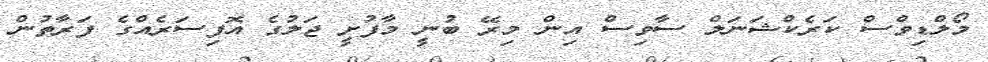
މޯލްޑިވްސް ކަރެކްޝަނަލް ސާވިސް އިން މިރޭ ބުނީ މާފުށީ ޖަލުގެ އޮފިސަރެއްގެ ފަރާތުން